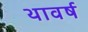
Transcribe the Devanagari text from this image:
थावर्ष